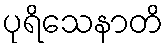
ပုရိသေနာတိ